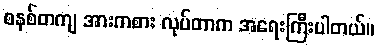
စနစ်တကျ အားကစား လုပ်တာက အရေးကြီးပါတယ်။